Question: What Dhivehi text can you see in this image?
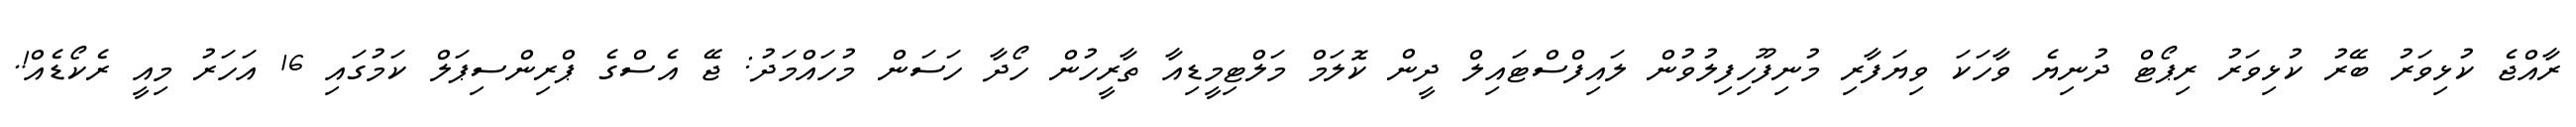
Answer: ރާއްޖެ ކުޅިވަރު ބޭރު ކުޅިވަރު ރިޕޯޓް ދުނިޔެ ވާހަކަ ވިޔަފާރި މުނިފޫހިފިލުވުން ލައިފްސްޓައިލް ދީން ކޮލަމް މަލްޓިމީޑިއާ ތާރީހުން ހޯދާ ހަސަން މުހައްމަދު: ޖޭ އެސްގެ ޕްރިންސިޕަލް ކަމުގައި 16 އަހަރު މިއީ ރެކޯޑެއް!.